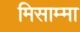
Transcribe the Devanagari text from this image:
मिसाम्मा